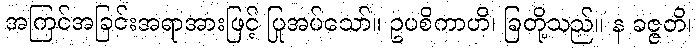
အကြင်အခြင်းအရာအားဖြင့် ပြုအပ်သော်။ ဥပစိကာဟိ၊ ခြတို့သည်။ န ခဇ္ဇတိ၊